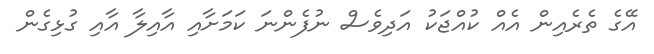
އޭގެ ތެރެއިން އެއް ކުއްޖަކު އަދިވެސް ނުފެންނަ ކަމަށާއި އާއިލާ އާއި ގުޅިގެން